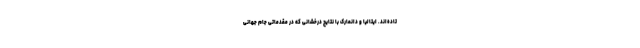
تاده‌اند. ایتالیا و دانمارک با نتایج درخشانی که در مقدماتی جام جهانی